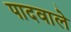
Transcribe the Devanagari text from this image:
पादवाले